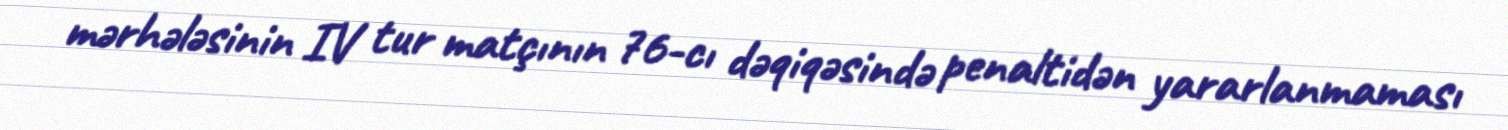
mərhələsinin IV tur matçının 76-cı dəqiqəsində penaltidən yararlanmaması